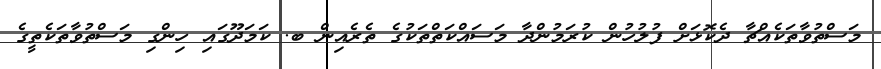
މަސްތުވާތަކެއްޗާ ދެކޮޅަށް ފުލުހުން ކުރަމުންދާ މަސައްކަތްތަކުގެ ތެރެއިން ބ. ކަމަދޫގައި ހިންގި މަސްތުވާތަކެތީގެ